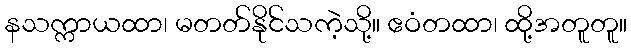
နသက္ကာယထာ၊ မတတ်နိုင်သကဲ့သို့။ ဧဝံတထာ၊ ထို့အတူတူ။